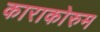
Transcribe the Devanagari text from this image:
काराकोरुम